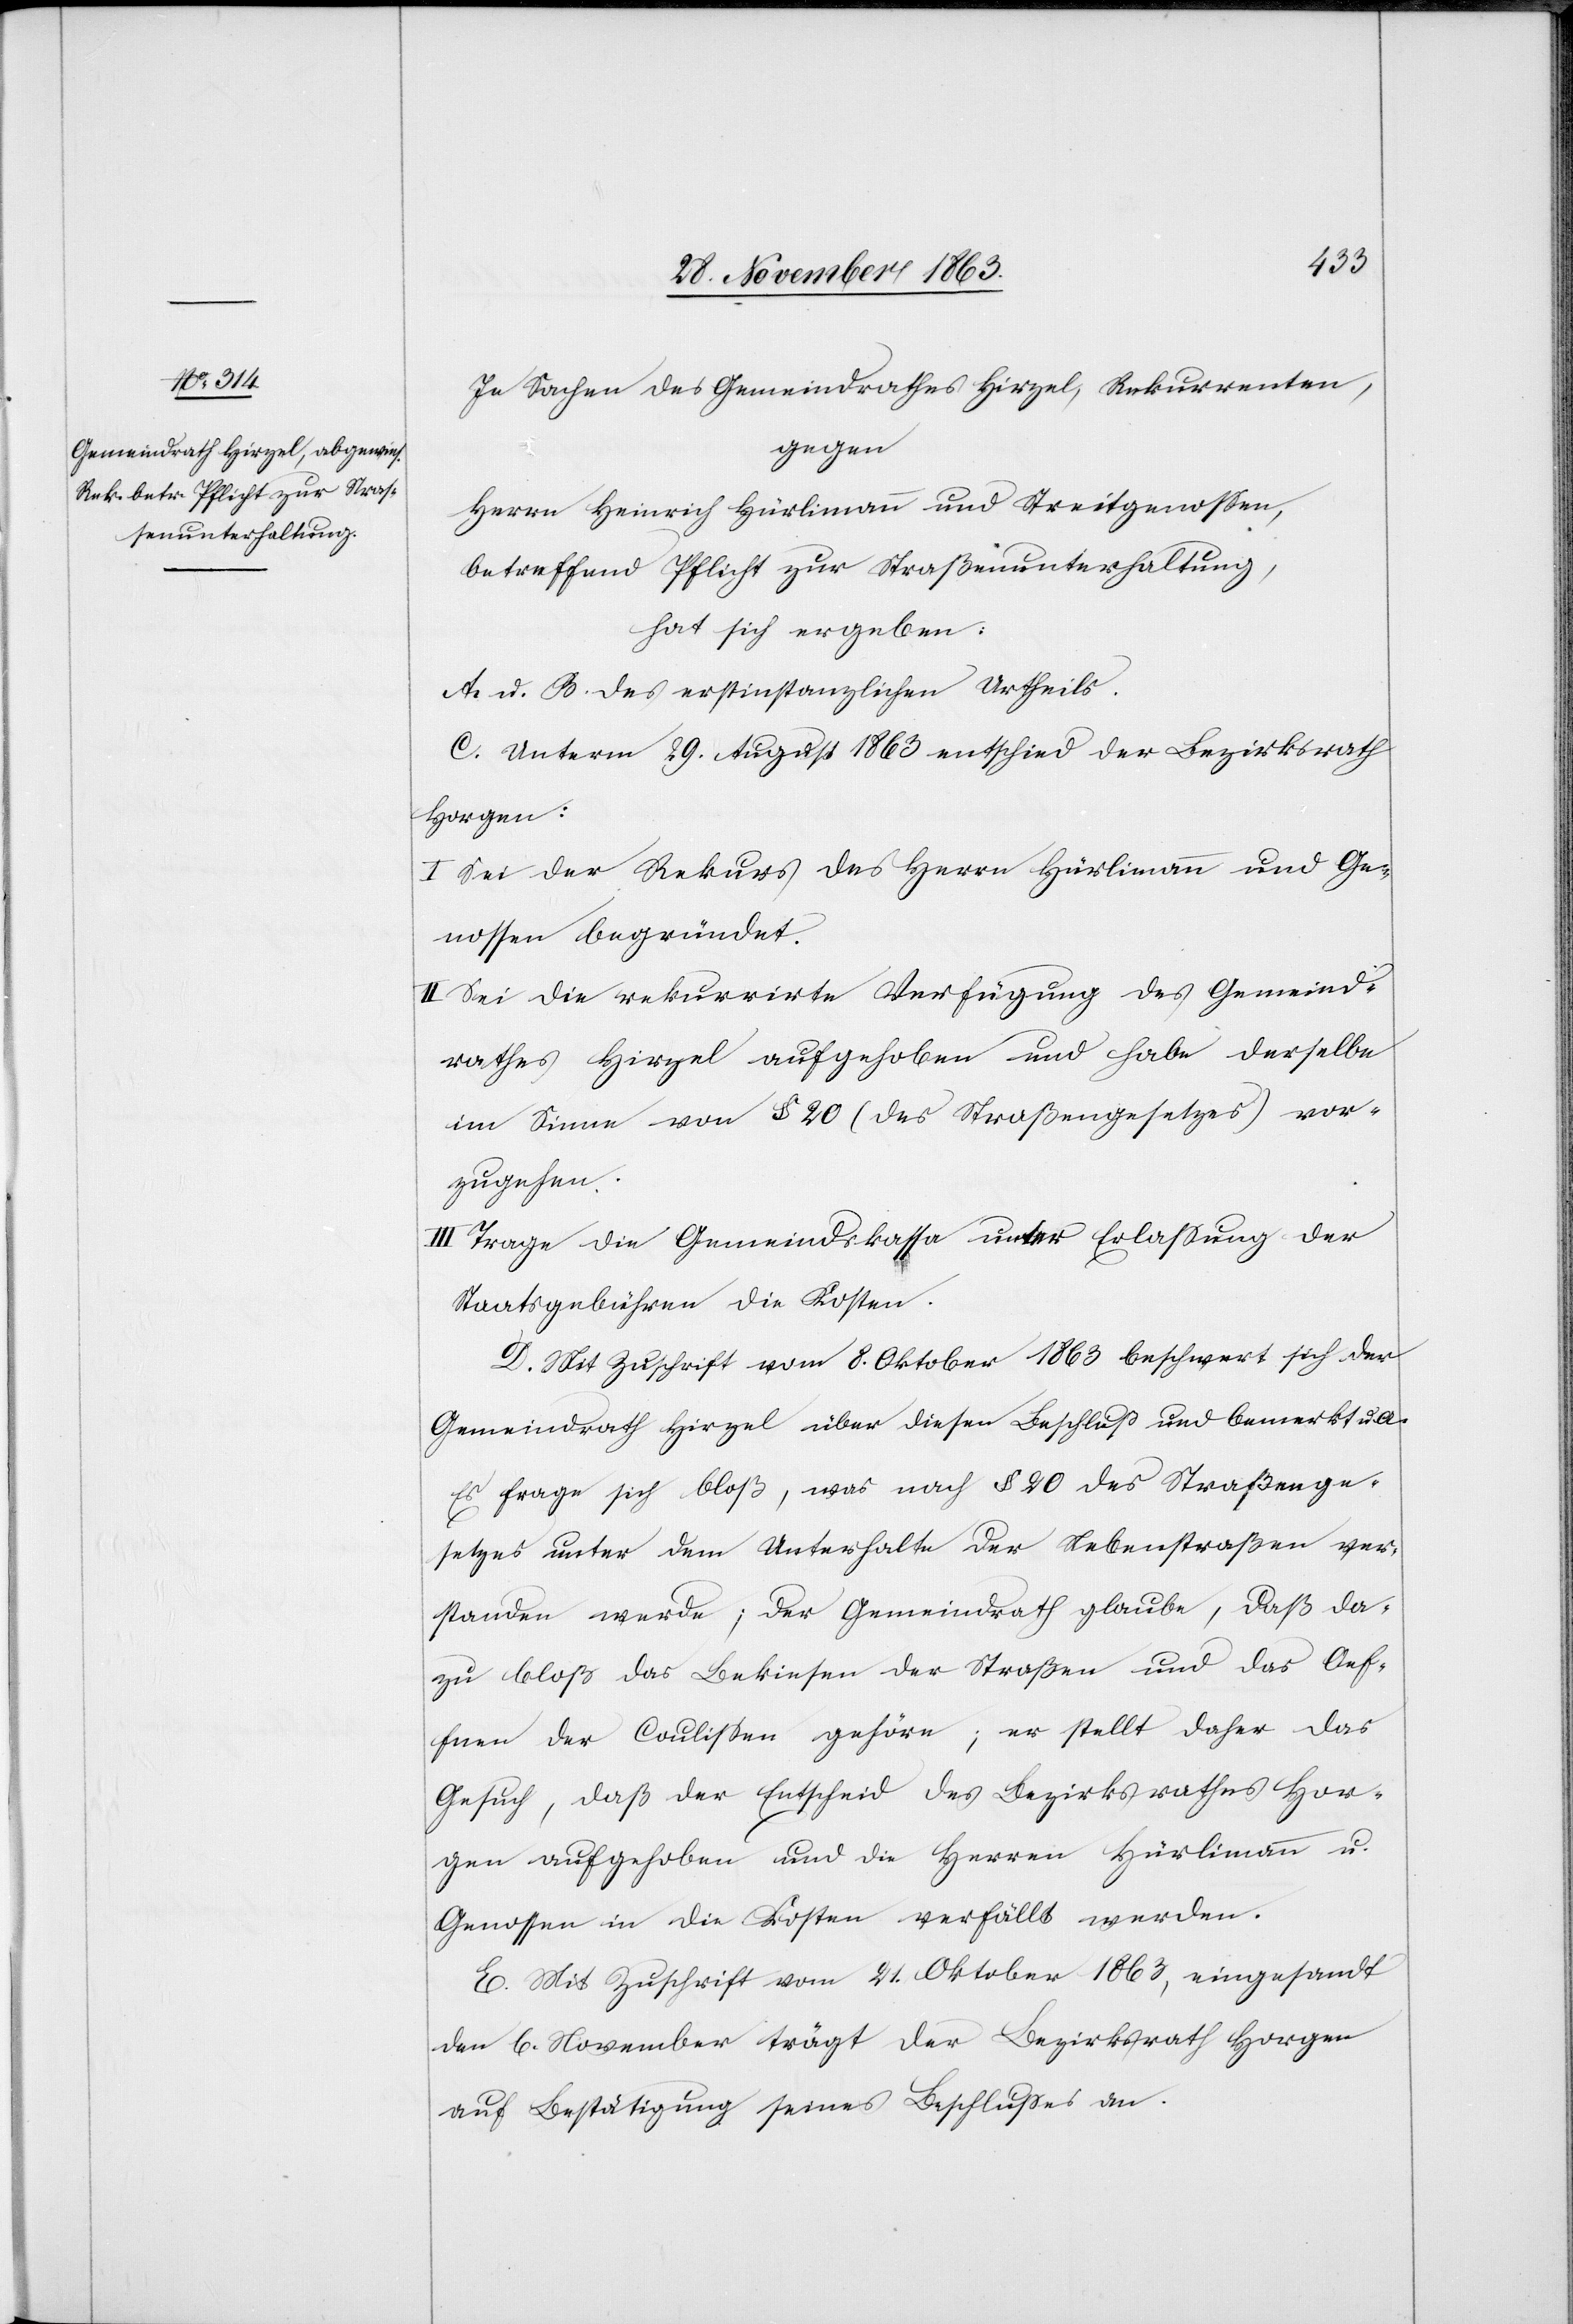
In Sachen des Gemeindrathes Hirzel, Rekurrenten,
gegen
Herrn Heinrich Hürlimann und Streitgenossen,
betreffend Pflicht zur Straßenunterhaltung,
hat sich ergeben:
A. u. B des erstinstanzlichen Urtheils.
C. Unterm 29. August 1863 entschied der Bezirksrath
Horgen:
I. Sei der Rekurs des Herrn Hürlimann und Ge¬
nossen begründet.
II. Sei die rekurrirte Verfügung des Gemeind¬
rathes Hirzel aufgehoben und habe derselbe
im Sinne von § 20 (des Straßengesetzes) vor¬
zugehen.
III. Trage die Gemeindskassa unter Erlassung der
Staatsgebühren die Kosten.
D. Mit Zuschrift vom 8. Oktober 1863 beschwert sich der
Gemeindrath Hirzel über diesen Beschluß und bemerkt u. A.
Es frage sich bloß, was nach § 20 des Straßenge¬
setzes unter dem Unterhalte der Nebenstraßen ver¬
standen werde; der Gemeindrath glaube, daß da¬
zu bloß das Bekiesen der Straßen und das Oef¬
fnen der Coulissen gehöre; er stellt daher das
Gesuch, daß der Entscheid des Bezirksrathes Hor¬
gen aufgehoben und die Herren Hürlimann u.
Genossen in die Kosten verfällt werden.
E. Mit Zuschrift vom 21. Oktober 1863, eingesandt
den 6. November trägt der Bezirksrath Horgen
auf Bestätigung seines Beschlusses an.